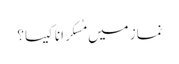
نماز میں مُسکرانا کیسا؟